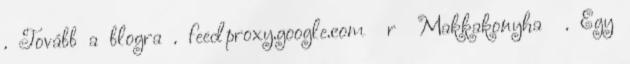
. Tovább a blogra . feedproxy.google.com r Makkakonyha . Egy